Lunatic asylums Bombay report 1878-1890 - 1878-1890
Year: 1878
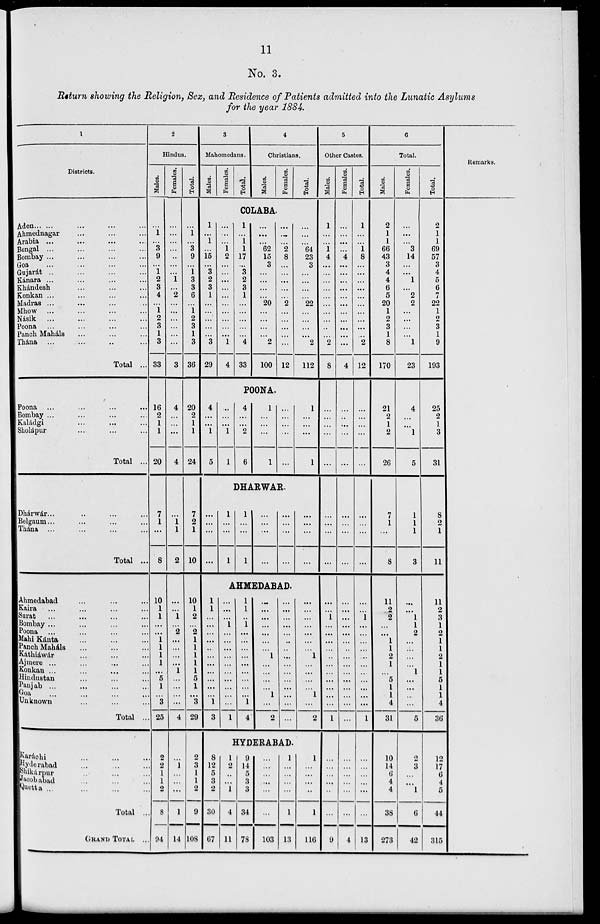
11
No. 3.
Return showing the Religion, Sex, and Residence of Patients admitted into the Lunatic Asylums
for the year 1884.
1
Districts.
Aden ... ... ... ... ...
Ahmednagar ... ... ... ...
Arabia ... ... ... ... ...
Bengal ... ... ... ... ...
Bombay ... ... ... ... ...
Goa ... ... ... ... ...
Gujarát ... ... ... ... ...
Kánara ... ... ... ... ...
Khándesh ... ... ...
Konkan ... ... ... ...
Madras ... ... ... ...
Mhow ... ... ... ...
Násik ... ... ... ...
Poona ... ... ... ...
Panch Maháls ... ... ...
Thána ... ... ... ... ...
Total ...
Poona ... ... ... ...
Bombay ... ... ... ...
Kaládgi ... ... ...
Sholápur... ... ...
Total ...
Dhárwár ... ... ... ...
Belgaum ... ... ... ...
Thána ... ... ... ...
Total ...
Ahmedabad ... ... ...
Kaira ... ... ... ...
Surat ... ... ... ...
Bombay ... ... ... ...
Poona ... ... ... ...
Mahi Kánta ... ... ... ...
Panch Maháls ... ... ...
Káthiáwár ... ... ...
Ajmere ... ... ... ...
Konkan ... ... ... ...
Hindustan ... ... ...
Panjab ... ... ... ...
Goa ... ... ... ...
Unknown ... ... ...
Total ...
Karáchi ... ... ...
Hyderabad ... ... ...
Shikárpur ... ... ...
Jacobabad ... ... ...
Quetta ... ... ... ...
Total ...
GRAND TOTAL ...
2
Hindus.
Males.
...
1
...
3
9
...
1
2
3
4
...
1
2
3
1
3
33
16
2
1
1
20
7
1
...
8
10
1
1
...
...
1
1
1
1
...
5
1
...
3
25
2
2
1
1
2
8
94
Females.
...
...
...
...
..
...
...
1
...
2
...
...
...
...
...
...
3
4
..
...
...
4
...
1
1
2
...
...
1
...
2
...
...
...
...
1
...
...
...
...
4
...
1
...
...
...
1
14
Total.
...
1
...
3
9
...
1
3
3
6
...
1
2
3
1
3
36
20
2
1
1
24
7
2
1
10
10
1
2
...
2
1
1
1
1
1
5
1
...
3
29
2
3
1
1
2
9
108
3
Mahomedans.
Males.
Females.
Total.
4
Christians.
Males.
Females.
Total.
COLABA.
1
...
1
...
15
...
3
2
3
1
...
...
...
...
...
3
29
...
...
...
1
2
...
...
...
...
...
...
...
...
...
...
1
4
1
...
...
1
17
...
3
2
3
1
...
...
...
...
...
4
33
...
...
...
62
15
3
...
...
...
...
20
...
...
...
...
2
100
...
...
...
2
8
...
...
...
...
...
2
...
...
...
...
...
12
...
...
...
64
23
3
...
...
...
...
22
...
...
...
...
2
112
POONA.
4
...
...
1
5
...
...
...
1
1
4
...
...
2
6
1
...
...
...
1
...
...
...
...
...
1
...
...
...
1
DHARWAR.
...
...
...
...
1
...
...
1
1
...
...
1
...
...
...
...
...
...
...
...
...
...
...
...
AHMEDABAD.
1
1
...
...
...
...
..
...
...
...
...
...
...
1
3
...
...
...
1
...
...
...
...
...
...
...
...
...
...
1
1
1
...
1
...
...
...
...
...
...
...
...
...
1
4
...
...
...
...
...
...
...
1
...
...
...
...
1
...
2
...
...
...
...
...
...
...
...
...
...
...
...
...
...
...
...
...
...
...
...
...
...
1
...
...
...
...
1
...
2
HYDERABAD.
8
12
5
3
2
30
67
1
2
...
...
1
4
11
9
14
5
3
3
34
78
...
...
...
...
...
...
103
1
...
...
...
...
1
13
1
...
...
...
...
1
116
5
Other Castes.
Males.
1
...
...
1
4
...
...
...
...
...
...
...
...
...
...
2
8
...
...
...
...
...
...
...
...
...
...
...
1
...
...
...
...
...
...
...
...
...
...
...
1
...
...
...
...
...
...
9
Females.
...
...
...
...
4
...
...
...
...
...
...
...
...
...
...
...
4
...
...
...
...
...
...
...
...
...
...
...
...
...
...
...
...
...
...
...
...
...
...
...
...
...
...
...
...
...
...
4
Total.
1
...
...
1
8
...
...
...
...
...
...
...
...
...
...
2
12
...
...
...
...
...
...
...
...
...
...
...
1
...
...
...
...
...
...
...
...
...
...
...
1
...
...
...
...
...
...
13
6
Total.
Males.
2
1
1
66
43
3
4
4
6
5
20
1
2
3
1
8
170
21
2
1
2
26
7
1
...
8
11
2
2
...
...
1
1
2
1
...
5
1
1
4
31
10
14
6
4
4
38
273
Females.
...
...
...
3
14
...
...
1
...
2
2
...
...
...
...
1
23
4
...
...
1
5
1
1
1
3
...
...
1
1
2
...
...
...
...
1
...
...
...
...
5
2
3
...
...
1
6
42
Total.
2
1
1
69
57
3
4
5
6
7
22
1
2
3
1
9
193
25
2
1
3
31
8
2
1
11
11
2
3
1
2
1
1
2
1
1
5
1
1
4
36
12
17
6
4
5
44
315
Remarks.